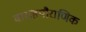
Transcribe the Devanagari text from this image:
वाराहपौराणिक